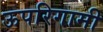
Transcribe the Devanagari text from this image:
ऊपरिगामी